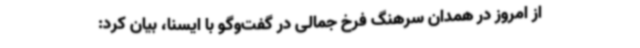
از امروز در همدان سرهنگ فرخ جمالی در گفت‌وگو با ایسنا، بیان کرد: